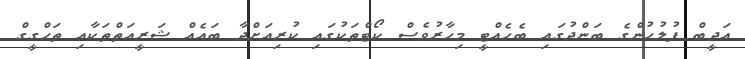
އަދީބް ފުލުހުންގެ ބަންދުގައި ބެހެއްޓީ މިހާރުވެސް ކޯޓްތަކުގައި ކުރިއަށްދާ ބައެއް ޝަރީއަތްތަކާއި ތަހްގީގް